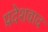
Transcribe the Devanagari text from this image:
प्रदेशवाद